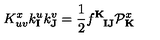
K _ { u v } ^ { x } k _ { \mathbf { I } } ^ { u } k _ { \mathbf { J } } ^ { v } = { \frac { 1 } { 2 } } f _ { \phantom { \mathbf { K } } \mathbf { I } \mathbf { J } } ^ { \mathbf { K } } { \cal P } _ { \mathbf { K } } ^ { x }